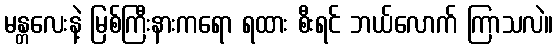
မန္တလေးနဲ့ မြစ်ကြီးနားကရော ရထား စီးရင် ဘယ်လောက် ကြာသလဲ။